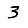
Digit: 3